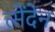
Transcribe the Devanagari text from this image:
त्सेंदेन